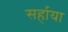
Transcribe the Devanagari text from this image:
सर्हाया